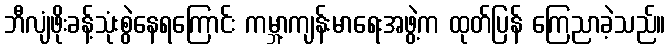
ဘီလျံဖိုးခန့်သုံးစွဲနေရကြောင်း ကမ္ဘာ့ကျန်းမာရေးအဖွဲ့က ထုတ်ပြန် ကြေညာခဲ့သည်။